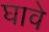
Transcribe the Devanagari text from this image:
घावे